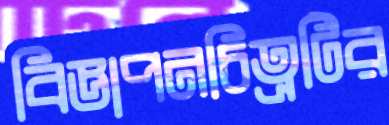
বিজ্ঞাপনচিত্রটির